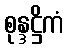
စုန္ဒဋ္ဌိကံ